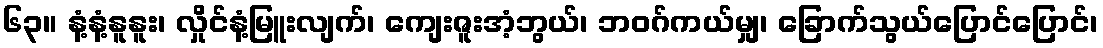
၆၃။ နံ့နံ့နူနူး၊ လှိုင်နံ့မြူးလျက်၊ ကျေးဇူးအံ့ဘွယ်၊ ဘဝဂ်ကယ်မျှ၊ ခြောက်သွယ်ပြောင်ပြောင်၊